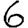
Digit: 6